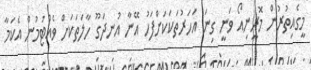
މީގެއިތުރުން މޮރީނިއޯ ވަނީ ގިނަ އަހަރުތަކަކަށްފަހު އޭނާ އުނދަގޫ ހާލަތަކަށް ވެއްޓުމުން އެކަމާ